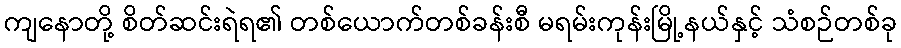
ကျနောတို့ စိတ်ဆင်းရဲရ၏ တစ်ယောက်တစ်ခန်းစီ မရမ်းကုန်းမြို့နယ်နှင့် သံစဉ်တစ်ခု